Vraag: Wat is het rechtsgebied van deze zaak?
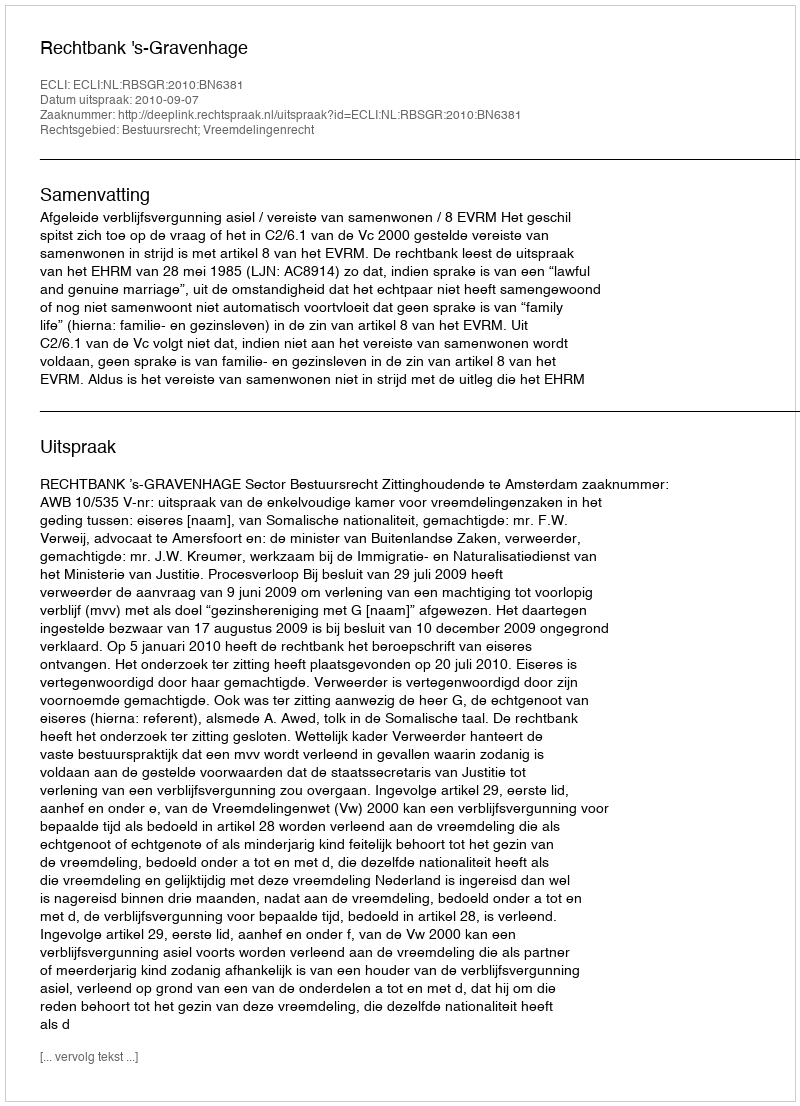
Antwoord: Bestuursrecht; Vreemdelingenrecht